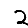
Digit: 2